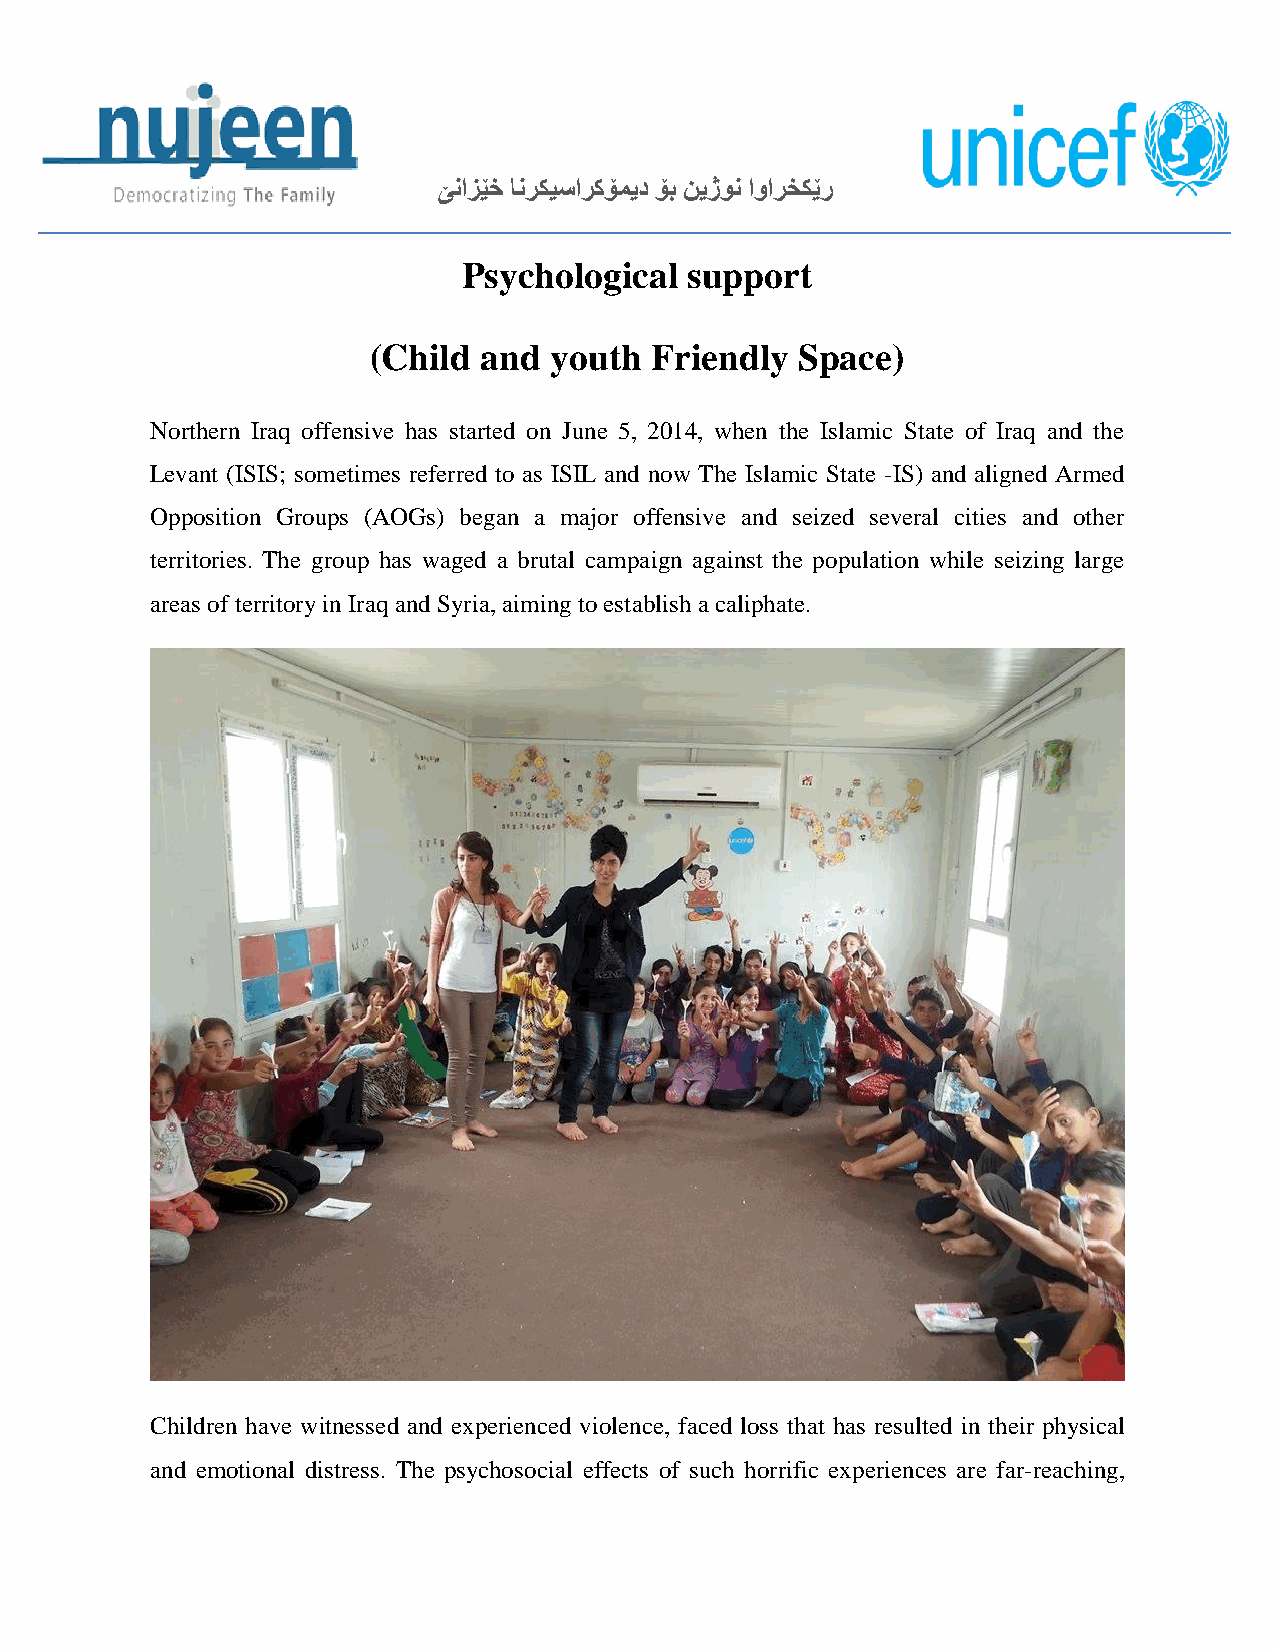
ێنازێخ انركيساركۆميد ۆب نيژون اوارخكێر
 Psychological  support
 (Child  and youth  Friendly  Space)
 Northern Iraq offensive has started on June 5, 2014, when the Islamic State of Iraq and the
 Levant (ISIS; sometimes referred to as ISIL and now The Islamic State -IS) and aligned Armed
 Opposition Groups (AOGs) began a major offensive and seized several cities and other
 territories. The group has waged a brutal campaign against the population while seizing large
 areas of territory in Iraq and Syria, aiming to establish a caliphate.
 Children have witnessed and experienced violence, faced loss that has resulted in their physical
 and emotional distress. The psychosocial effects of such horrific experiences are far-reaching,